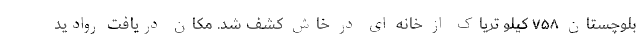
بلوچستان ۷۵۸ کیلو تریاک از خانه ای در خاش کشف شد. مکان دریافت روادید